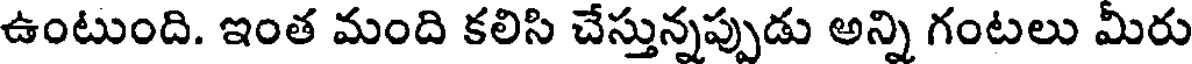
ఉంటుంది. ఇంత మంది కలిసి చేస్తున్నప్పుడు అన్ని గంటలు మీరు